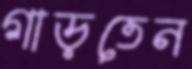
গাড়তেন